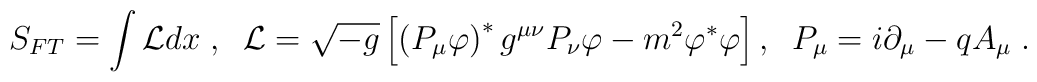
S_{FT}=\int {\cal L}dx\;,\;\;{\cal L}=\sqrt{-g}\left[ \left( P_{\mu }\varphi\right) ^{\ast }g^{\mu \nu }P_{\nu }\varphi -m^{2}\varphi ^{\ast }\varphi \right] ,\;\;P_{\mu }=i\partial _{\mu }-qA_{\mu }\;.